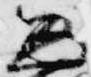
忠